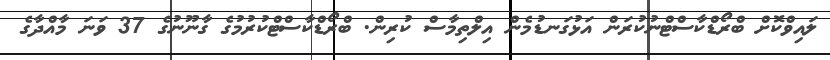
ލައިވްކޮށް ބްރޯޑްކާސްޓްނުކުރަން އަޅުގަނޑުމެން އިލްތިމާސް ކުރިން. ބްރޯޑްކާސްޓްކުރުމުގެ ގާނޫނުގެ 37 ވަނަ މާއްދާގެ